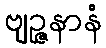
ဗျဉ္ဇနာနံ